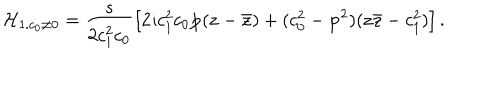
LaTeX: { \cal H } _ { 1 . c _ { 0 } \neq 0 } = \frac { s } { 2 c _ { 1 } ^ { 2 } c _ { 0 } } \left[ 2 \imath c _ { 1 } ^ { 2 } c _ { 0 } { \bf p } ( { \bf z } - { \bf { \bar { z } } } ) + ( c _ { 0 } ^ { 2 } - { \bf p } ^ { 2 } ) ( { \bf z } { \bar { \bf z } } - c _ { 1 } ^ { 2 } ) \right] .